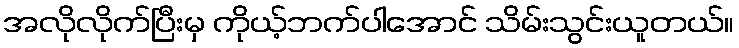
အလိုလိုက်ပြီးမှ ကိုယ့်ဘက်ပါအောင် သိမ်းသွင်းယူတယ်။